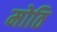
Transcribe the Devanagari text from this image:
मोठि